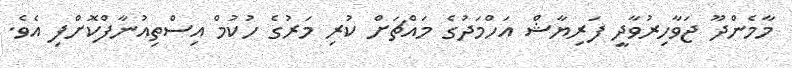
މާމެންދޫ ޖަވާހިރުވާދީ ފަރިޔާޝް އަހްމަދުގެ މައްޗަށް ކުރި މަރުގެ ހުކުމް އިސްތިއުނާފްކޮށްފި އެވެ.